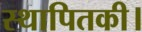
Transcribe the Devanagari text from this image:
स्थापितकी।